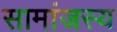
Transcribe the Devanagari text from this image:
सामांजस्य